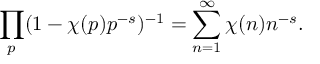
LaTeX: \prod _ { p } ( 1 - \chi ( p ) p ^ { - s } ) ^ { - 1 } = \sum _ { n = 1 } ^ { \infty } \chi ( n ) n ^ { - s } .